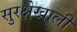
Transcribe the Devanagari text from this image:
सुरक्षेखाली